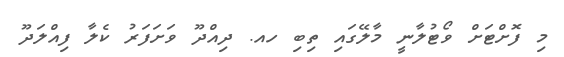
މި ފޮށްޓަށް ވޯޓުލާނީ މާލޭގައި ތިބި ހއ. ދިއްދޫ ވަށަފަރު ކެލާ ފިއްލަދޫ